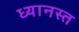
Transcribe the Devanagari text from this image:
ध्यानस्त